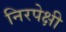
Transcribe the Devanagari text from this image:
निरपेक्षी